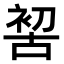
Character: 𠸗